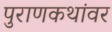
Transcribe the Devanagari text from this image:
पुराणकथांवर